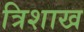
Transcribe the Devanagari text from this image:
त्रिशाख